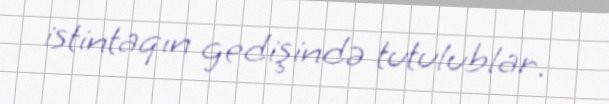
istintaqın gedişində tutulublar.